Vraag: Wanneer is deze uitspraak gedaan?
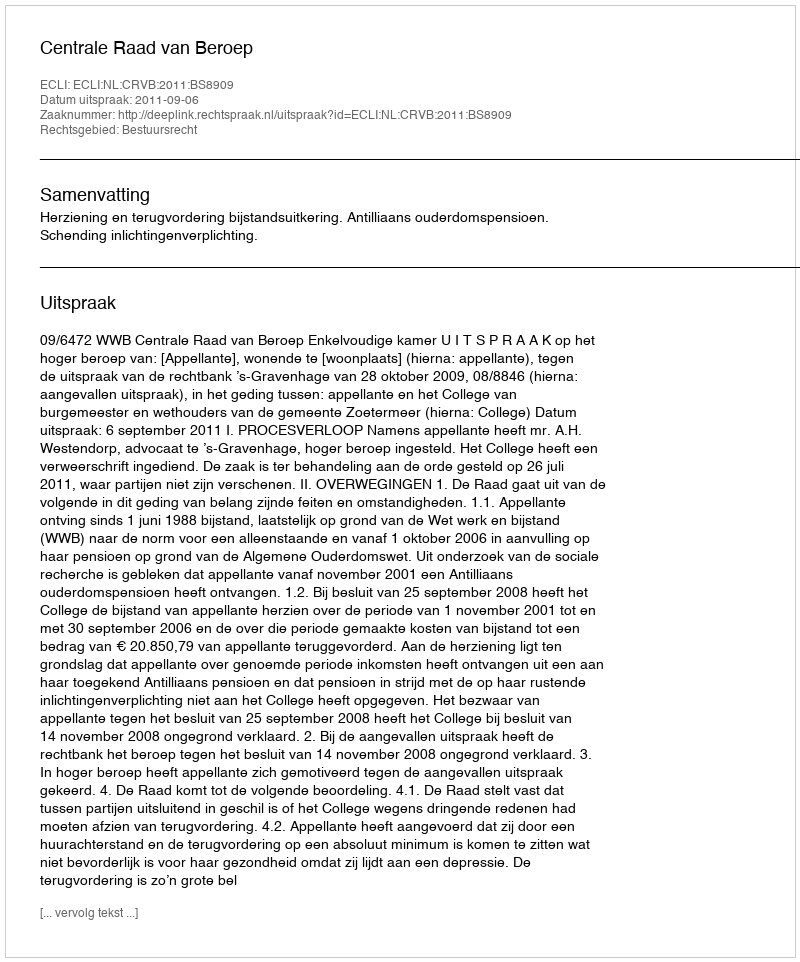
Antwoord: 2011-09-06